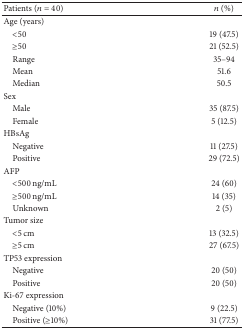
<table><thead><tr><td><b>Patients (<i>n</i> = 40) </b></td><td><b><i>n</i> (%)</b></td></tr></thead><tbody><tr><td>Age (years)</td><td> </td></tr><tr><td> &lt;50</td><td>19 (47.5)</td></tr><tr><td> ≥50</td><td>21 (52.5)</td></tr><tr><td> Range</td><td>35–94</td></tr><tr><td> Mean</td><td>51.6</td></tr><tr><td> Median</td><td>50.5</td></tr><tr><td>Sex</td><td> </td></tr><tr><td> Male</td><td>35 (87.5)</td></tr><tr><td> Female</td><td>5 (12.5)</td></tr><tr><td>HBsAg</td><td> </td></tr><tr><td> Negative</td><td>11 (27.5)</td></tr><tr><td> Positive</td><td>29 (72.5)</td></tr><tr><td>AFP</td><td> </td></tr><tr><td> &lt;500 ng/mL</td><td>24 (60)</td></tr><tr><td> ≥500 ng/mL</td><td>14 (35)</td></tr><tr><td> Unknown</td><td>2 (5)</td></tr><tr><td>Tumor size</td><td> </td></tr><tr><td> &lt;5 cm</td><td>13 (32.5)</td></tr><tr><td> ≥5 cm</td><td>27 (67.5)</td></tr><tr><td>TP53 expression </td><td> </td></tr><tr><td> Negative</td><td>20 (50)</td></tr><tr><td> Positive</td><td>20 (50)</td></tr><tr><td>Ki-67 expression</td><td> </td></tr><tr><td> Negative (10%)</td><td>9 (22.5)</td></tr><tr><td> Positive (≥10%)</td><td>31 (77.5)</td></tr></tbody></table>